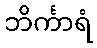
ဘိင်္ကာရံ